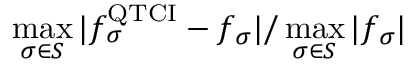
\operatorname* { m a x } _ { { \boldsymbol { \sigma } } \in S } | f _ { \boldsymbol { \sigma } } ^ { \mathrm { Q T C I } } - f _ { \boldsymbol { \sigma } } | / \operatorname* { m a x } _ { { \boldsymbol { \sigma } } \in S } | f _ { \boldsymbol { \sigma } } |